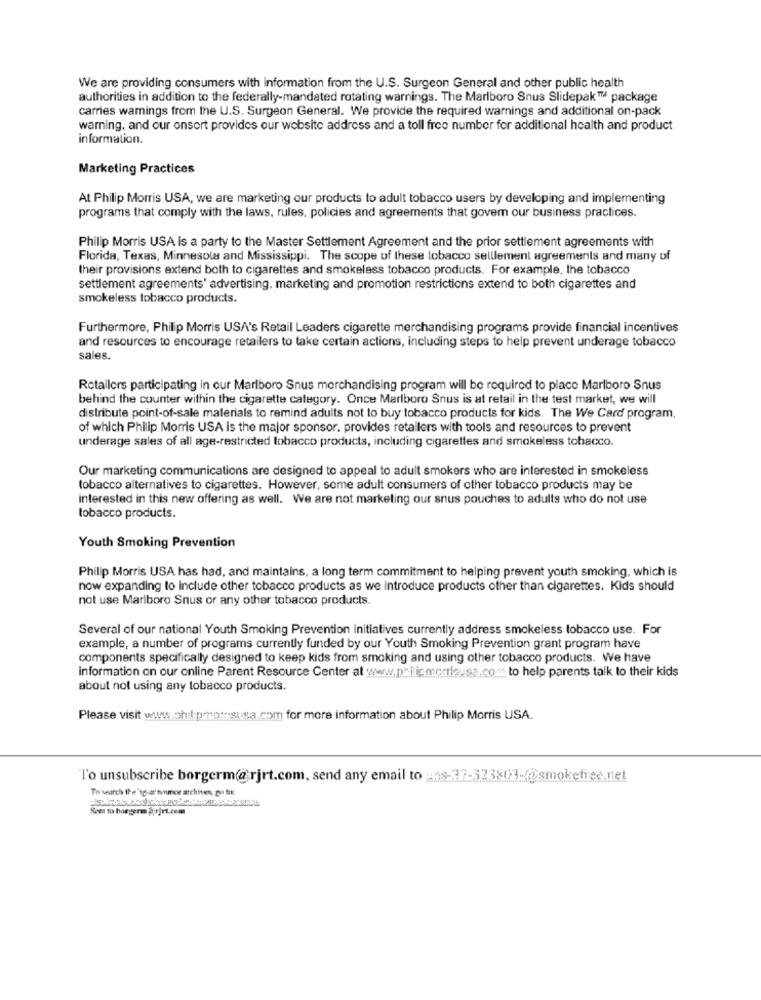
We are providing consumers with information from the U.S. Surgeon General and other public health
authorities in addition to the federally-mandated rotating warnings. The Marlboro Snus Slidepak™ package
carries warnings from the U.S. Surgeon General. We provide the required warnings and additional on-pack
warning, and our onsort provides our website address and a toll free number for additional health and product
information.
Marketing Practices
At Philip Morris USA, we are marketing our products to adult tobacco users by developing and implementing
programs that comply with the laws, rules, policies and agreements that govem our business practices.
Philip Morris USA is a party to the Master Settlement Agreement and the prior settlement agreements with
Florida, Texas, Minnesola and Mississippi. The scope of these lobacco selllement agreements and many of
their provisions extend both to cigarettes and smokeless tobacco products. For example, the tobacco
settlement agreements' advertising, marketing and promotion restrictions extend to both cigarettes and
smokeless tobacco products.
Furthermore, Philip Morris USA's Retail Leaders cigarette merchandising programs provide financial incentives
and resources to encourage retailers to take certain actions, including steps to help prevent underage tobacco
sales.
Retailers participating in our Marlboro Snus merchandising program will be required to place Marlboro Snus
behind the counter within the cigarette category. Once Marlboro Snus is at retail in the test market, we will
distribute point-of-sale materials to remind adults not to buy tobacco products for kids. The We Card program,
of which Philip Morris USA is the major sponsor. provides retailers with tools and resources to prevent
underage sales of all age-restricted tobacco products, including cigarettes and smokeless tobacco.
Our marketing communications are designed to appeal to adult smokers who are interested in smokeless
tobacco alternatives to cigarettes. However, some adult consumers of other tobacco products may be
interested in this new offering as well. We are not marketing our snus pouches to adults who do not use
tobacco products.
Youth Smoking Prevention
Philip Morris USA has had, and maintains, a long term commitment to helping prevent youth smoking, which is
now expanding to Include other tobacco products as we introduce products other than cigarettes. Kids should
not use Marlboro Snus or any other tobacco products.
Several of our national Youth Smoking Prevention initiatives currently address smokeless tobacco use. For
example, a number of programs currently funded by our Youth Smoking Prevention grant program have
components specifically designed to keep kids from smoking and using other tobacco products. We have
information on our online Parent Resource Center at www.pt| icmr.riausa.com: to help parents talk to their kids
about not using any tobacco products.
Please visit www.oh :: pomisua.com for more information about Philip Morris USA.
l'o unsubscribe borgerm@rjrt.com, send any email to :38-37-323803-@smoketies.net
To wearch Ihe'sg-arnmmoe archiven, ga tik